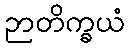
ဉာတိက္ခယံ